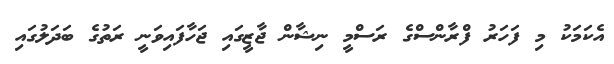
އެކަމަކު މި ފަހަރު ފްރާންސްގެ ރަސްމީ ނިޝާން ޖާޒީގައި ޖަހާފައިވަނީ ރަތުގެ ބަދަލުގައި